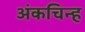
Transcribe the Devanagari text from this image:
अंकचिन्ह